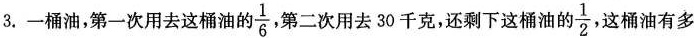
3.一桶油，第一次用去这桶油的 \frac{1}{6},第二次用去30千克，还剩下这桶油的 \frac{1}{2},这桶油有多